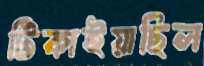
টিকাইয়াছিল